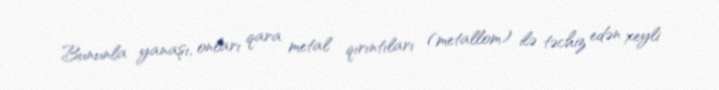
Bununla yanaşı, onları qara metal qırıntıları (metallom) ilə təchiz edən xeyli